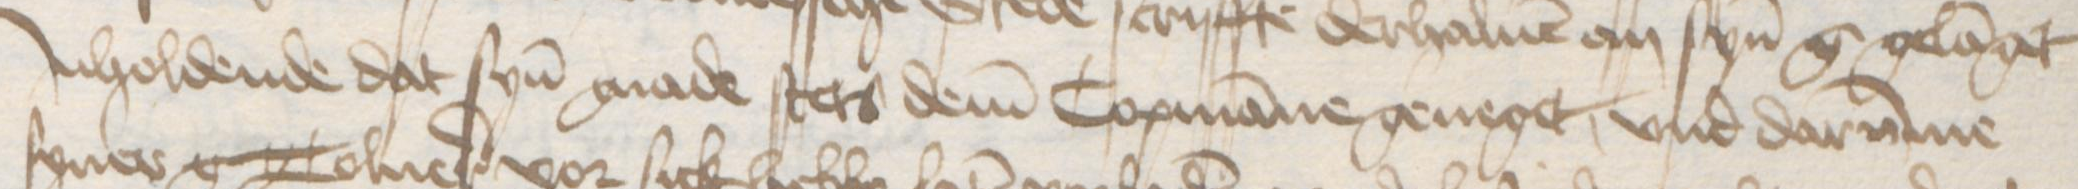
Jnholdende dat syn gnade stets dem Copmanne geneget, vnd darumme